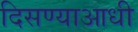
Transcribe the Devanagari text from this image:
दिसण्याआधी